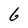
Character: 6